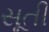
સૂતી